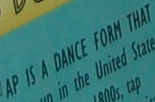
AP IS A DANCE FROM THAT